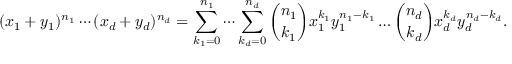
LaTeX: ( x _ { 1 } + y _ { 1 } ) ^ { n _ { 1 } } \dotsm ( x _ { d } + y _ { d } ) ^ { n _ { d } } = \sum _ { k _ { 1 } = 0 } ^ { n _ { 1 } } \dotsm \sum _ { k _ { d } = 0 } ^ { n _ { d } } { \binom { n _ { 1 } } { k _ { 1 } } } x _ { 1 } ^ { k _ { 1 } } y _ { 1 } ^ { n _ { 1 } - k _ { 1 } } \dotsc { \binom { n _ { d } } { k _ { d } } } x _ { d } ^ { k _ { d } } y _ { d } ^ { n _ { d } - k _ { d } } .